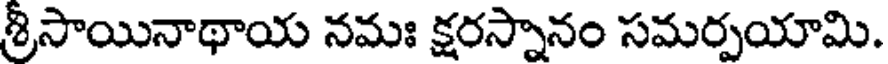
శ్రీసాయినాథాయ నమః క్షరస్నానం సమర్పయామి.